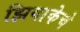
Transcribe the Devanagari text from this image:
झियाकेचे